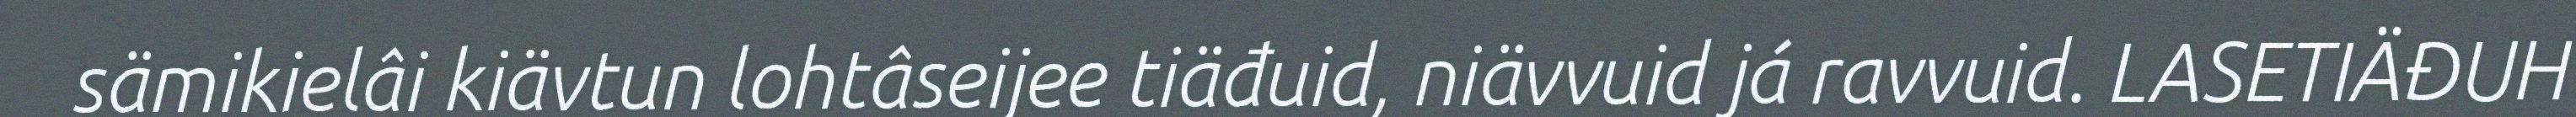
sämikielâi kiävtun lohtâseijee tiäđuid, niävvuid já ravvuid. LASETIÄĐUH